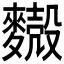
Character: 𪍥